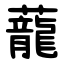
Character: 蘢